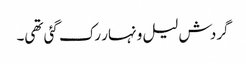
گردش لیل و نہار رک گئی تھی۔